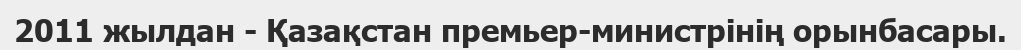
2011 жылдан - Қазақстан премьер-министрінің орынбасары.